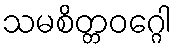
သမစိတ္တဝဂ္ဂေါ